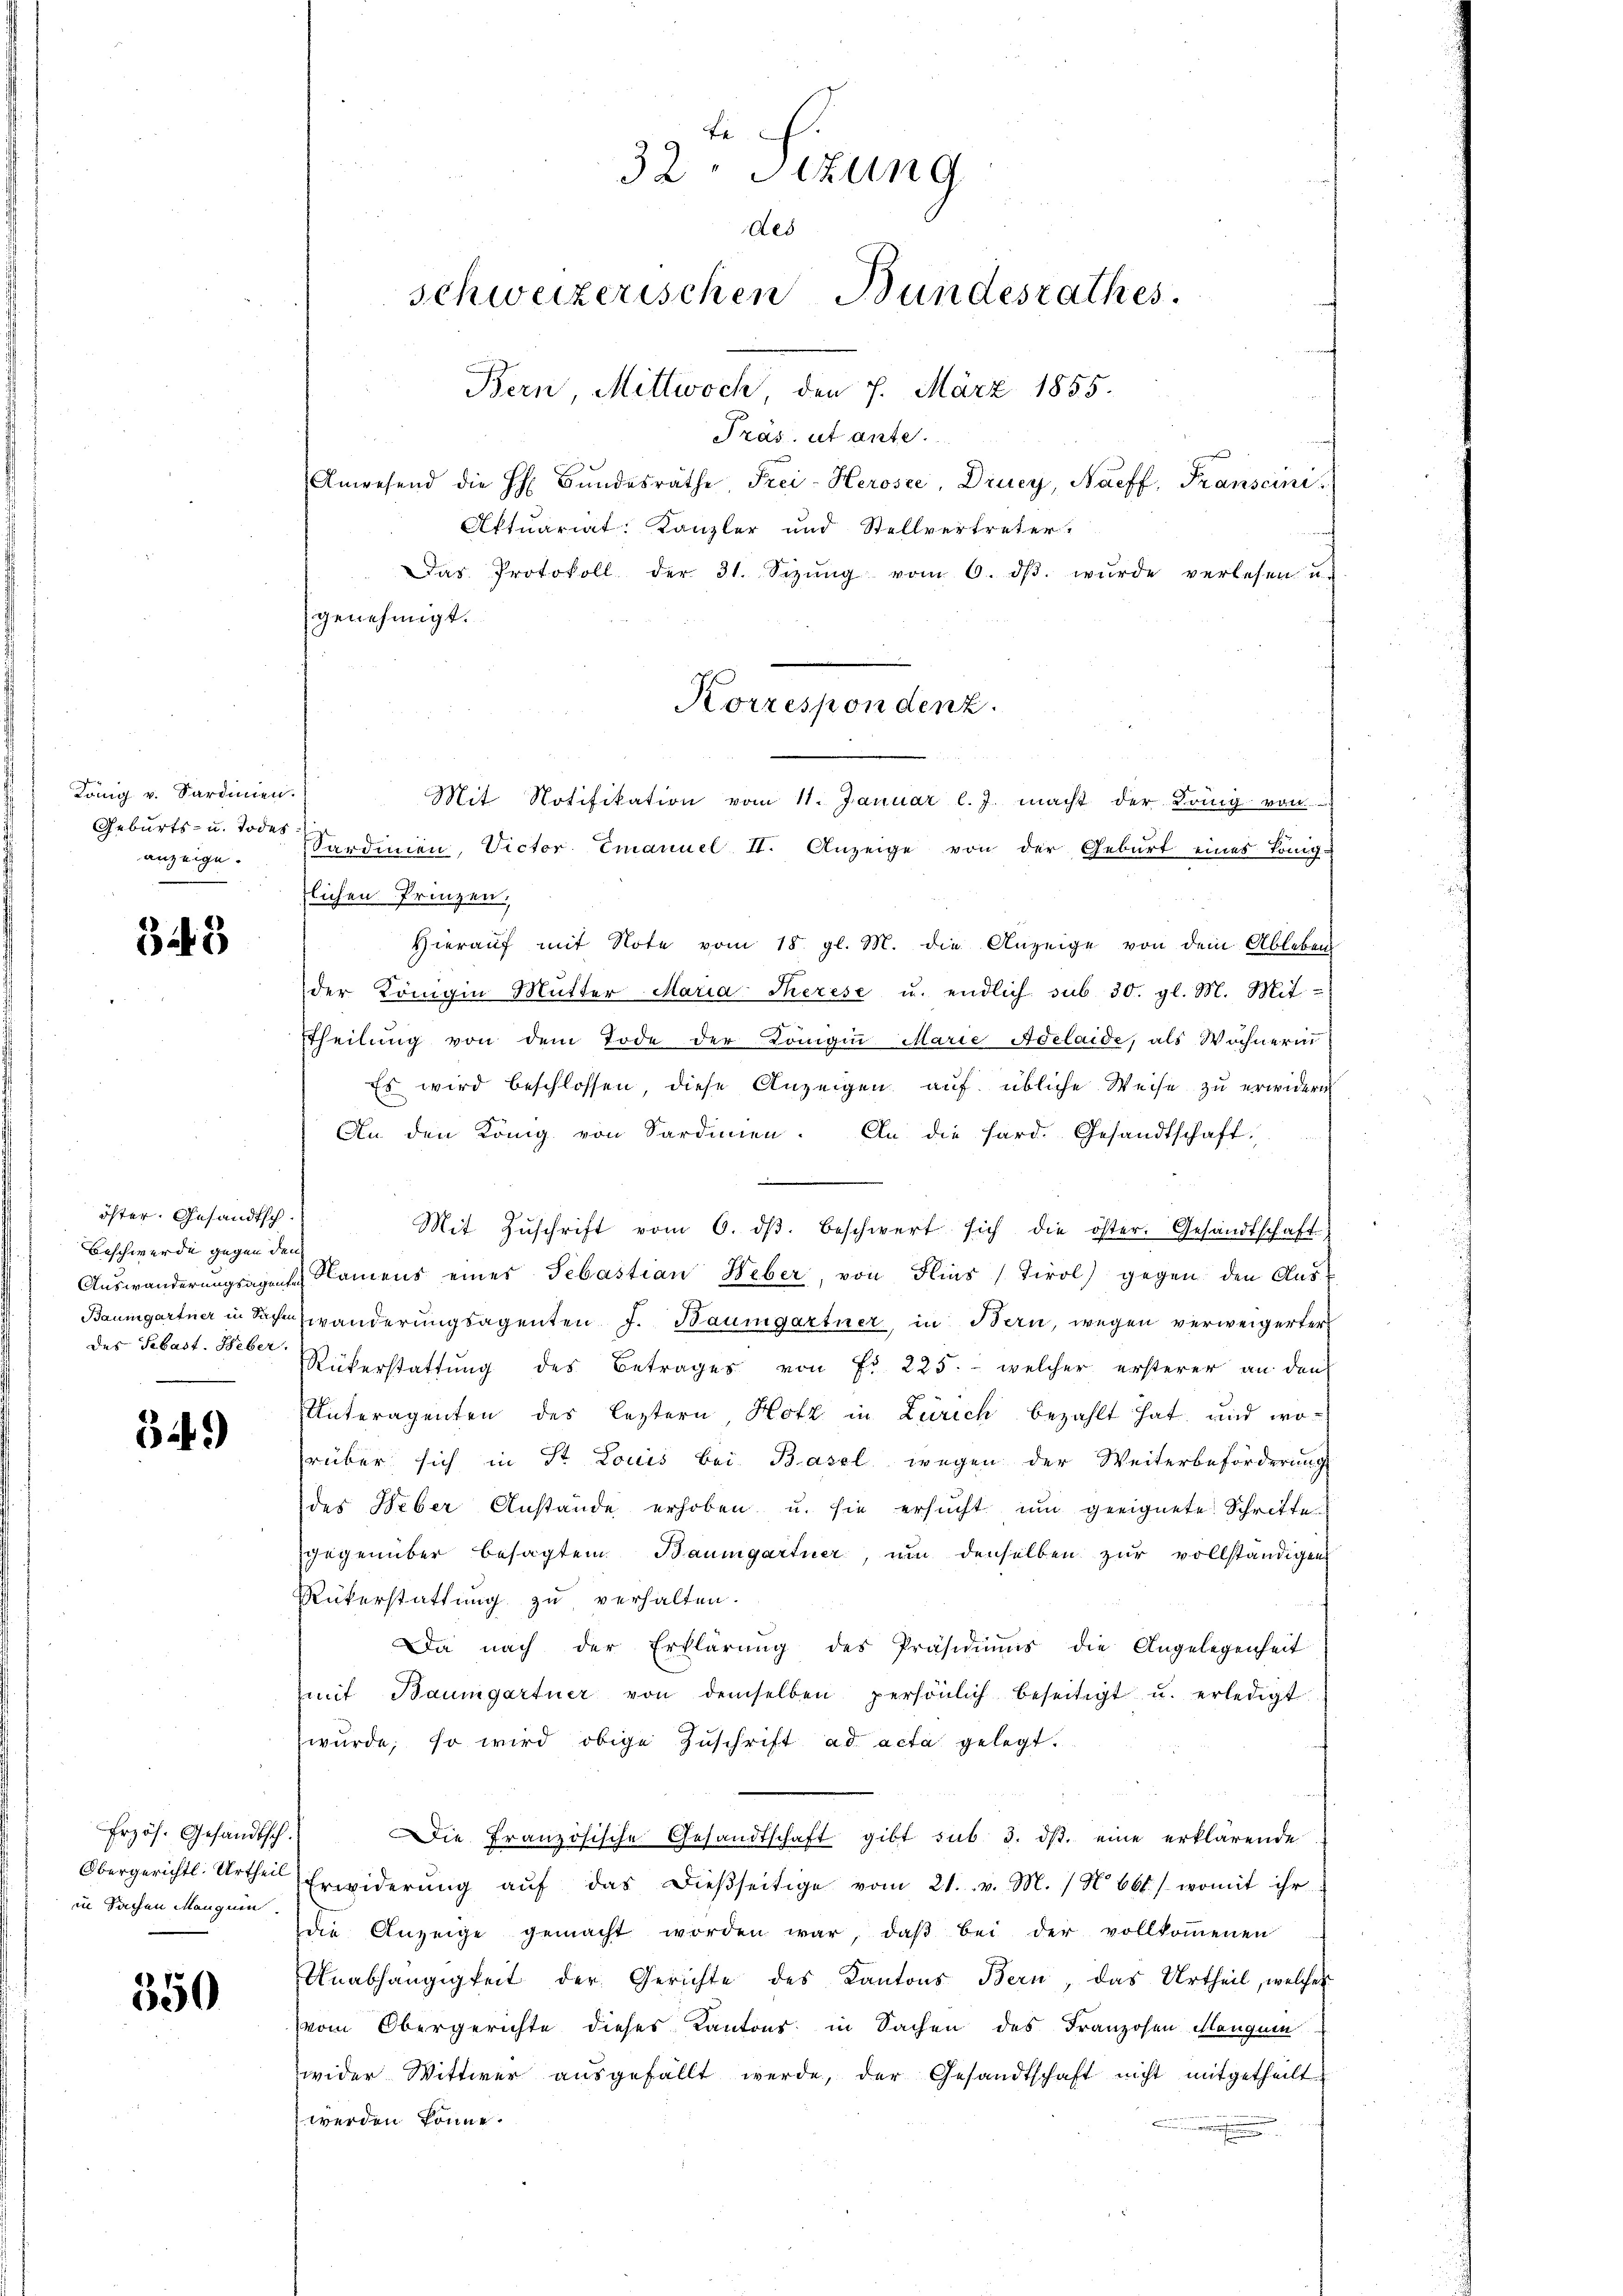
König v. Sardinien.
Geburts- u. Todesanzeige.

343

öster. Gesandtsch
Beschwerde gegen den
des Sebast. Feber.

549

Erzös. Gesandtsch.
Obergerichtl. Urtheil
in Sachen Mangen.

350

32 Sizung
des
schweizerischen Bundesrathes.
Bern Mittwoch, den 7. März 1855.
Präs. ut ante.
Anwesend die h. Bŭndesräthe, Frei-Herosze, Drucy, Naeff, Franscini
Aktuariat Kanzler und Stellvertreter

Das Protokoll der 31. Sizŭng vom 6. dβ. wŭrde verlesen u.
genehmigt.

Korrespondenz.
Mit Notifikation vom 11. Januar l. J. macht der König von

Sardinien, Victor Emanuel II. Anzeige von der Geburt eines König.
lichen Prinzen.
Hierauf mit Note vom 18. gl. M. die Anzeige von dem Ableben
der Königin Mutter Maria Therese u. endlich sub 30. gl. M. Mit-
Theilung von dem Tode der Konigin Marie Adelaide, als Wohnern
Es wird beschlossen, diese Anzeigen auf übliche Weise zu erwidern
An den König. von Sardinien. An die hard. Gesandtschaft,
Mit Zŭschrift vom 6. dβ beschwert sich die öster. Gesandtschaft
Auswanderungsagen Namens einer Sebastian Heber, von Hins Tirol gegen den Aus-
Baumgartner in Sachewänderung sagenten J. Baumgartner in Bern, wegen verweigerter
Rükerstattung des Betrages von Fr. 225. - welcher ersterer an den
Unteragenten des leztern, Hotz in Zürich bezahlt hat, und worüber sich in St. Louis bei Basel wegen der Weiterbeförderung
der Weber Anstände erhoben u. sie ersucht um geeignete Schritte
gegenüber besagtem Baumgartner, um denselben zur vollständigen
Rükerstattung zu verhalten.
Da nach der Erklärŭng des Präsidiums die Angelegenheit
mt Baumgartner von demselben persönlich beseitigt u. erledigt
wŭrde, so wird obige Zuschrift ad acta gelegt.
ie französische Gesandtschaft gibt sub 3. dβ. eine erklärende
Erwiderŭng aŭf das dieβseitige vom 21. v. M. / N bbt./ womit ihr
die Anzeige gemacht worden war, daβ bei der vollkoṁenen
Unabhängigkeit der Gerichte des Kantons Bern, das Urtheil, welches
vom Obergerichte dieses Kantons in Sachen des Franzosen Manguin
wider Wittwer aŭsgefällt werde, der Gesandtschaft nicht mitgetheilt
werden könne.
.
.